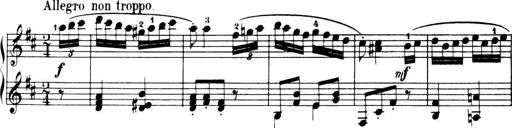
Title: 32 Sonatinas and Rondos for the Piano
Composer: Richard Kleinmichel